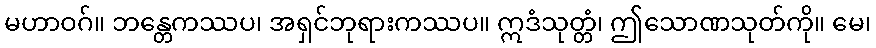
မဟာဝဂ်။ ဘန္တေကဿပ၊ အရှင်ဘုရားကဿပ။ ဣဒံသုတ္တံ၊ ဤသောဏသုတ်ကို။ မေ၊